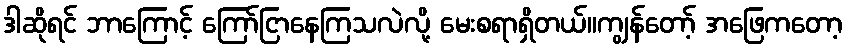
ဒါဆိုရင် ဘာကြောင့် ကြော်ငြာနေကြသလဲလို့ မေးစရာရှိတယ်။ကျွန်တော့် အဖြေကတော့